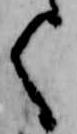
く